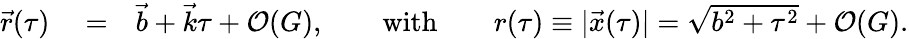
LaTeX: \begin{array}{rlr}{{\vec{r}}(\tau)}&{{}=}&{{\vec{b}}+{\vec{k}}\tau+{\cal O}(G),\qquad\mathrm{with}\qquad r(\tau)\equiv|{\vec{x}}(\tau)|=\sqrt{b^{2}+\tau^{2}}+{\cal O}(G).}\end{array}